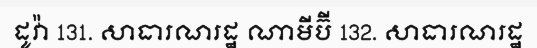
ដូវ៉ា 131. សាធារណរដ្ឋ ណាមីប៊ី 132. សាធារណរដ្ឋ